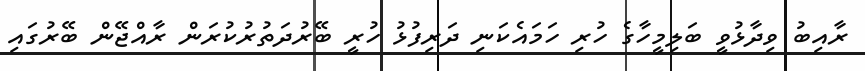
ރާއިބު ވިދާޅުވީ ބަލިމީހާގެ ހުރި ހަމައެކަނި ދަރިފުޅު ހުރީ ބޭރުދަތުރުކުރަން ރާއްޖޭން ބޭރުގައި